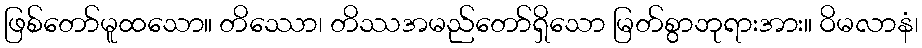
ဖြစ်တော်မူထသော။ တိဿော၊ တိဿအမည်တော်ရှိသော မြတ်စွာဘုရားအား။ ဝိမလာနံ၊